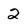
Character: 2